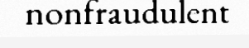
nonfraudulent